NAE_ERA_R-30_Eesti_Riiklik_Spordiamet, lk 174
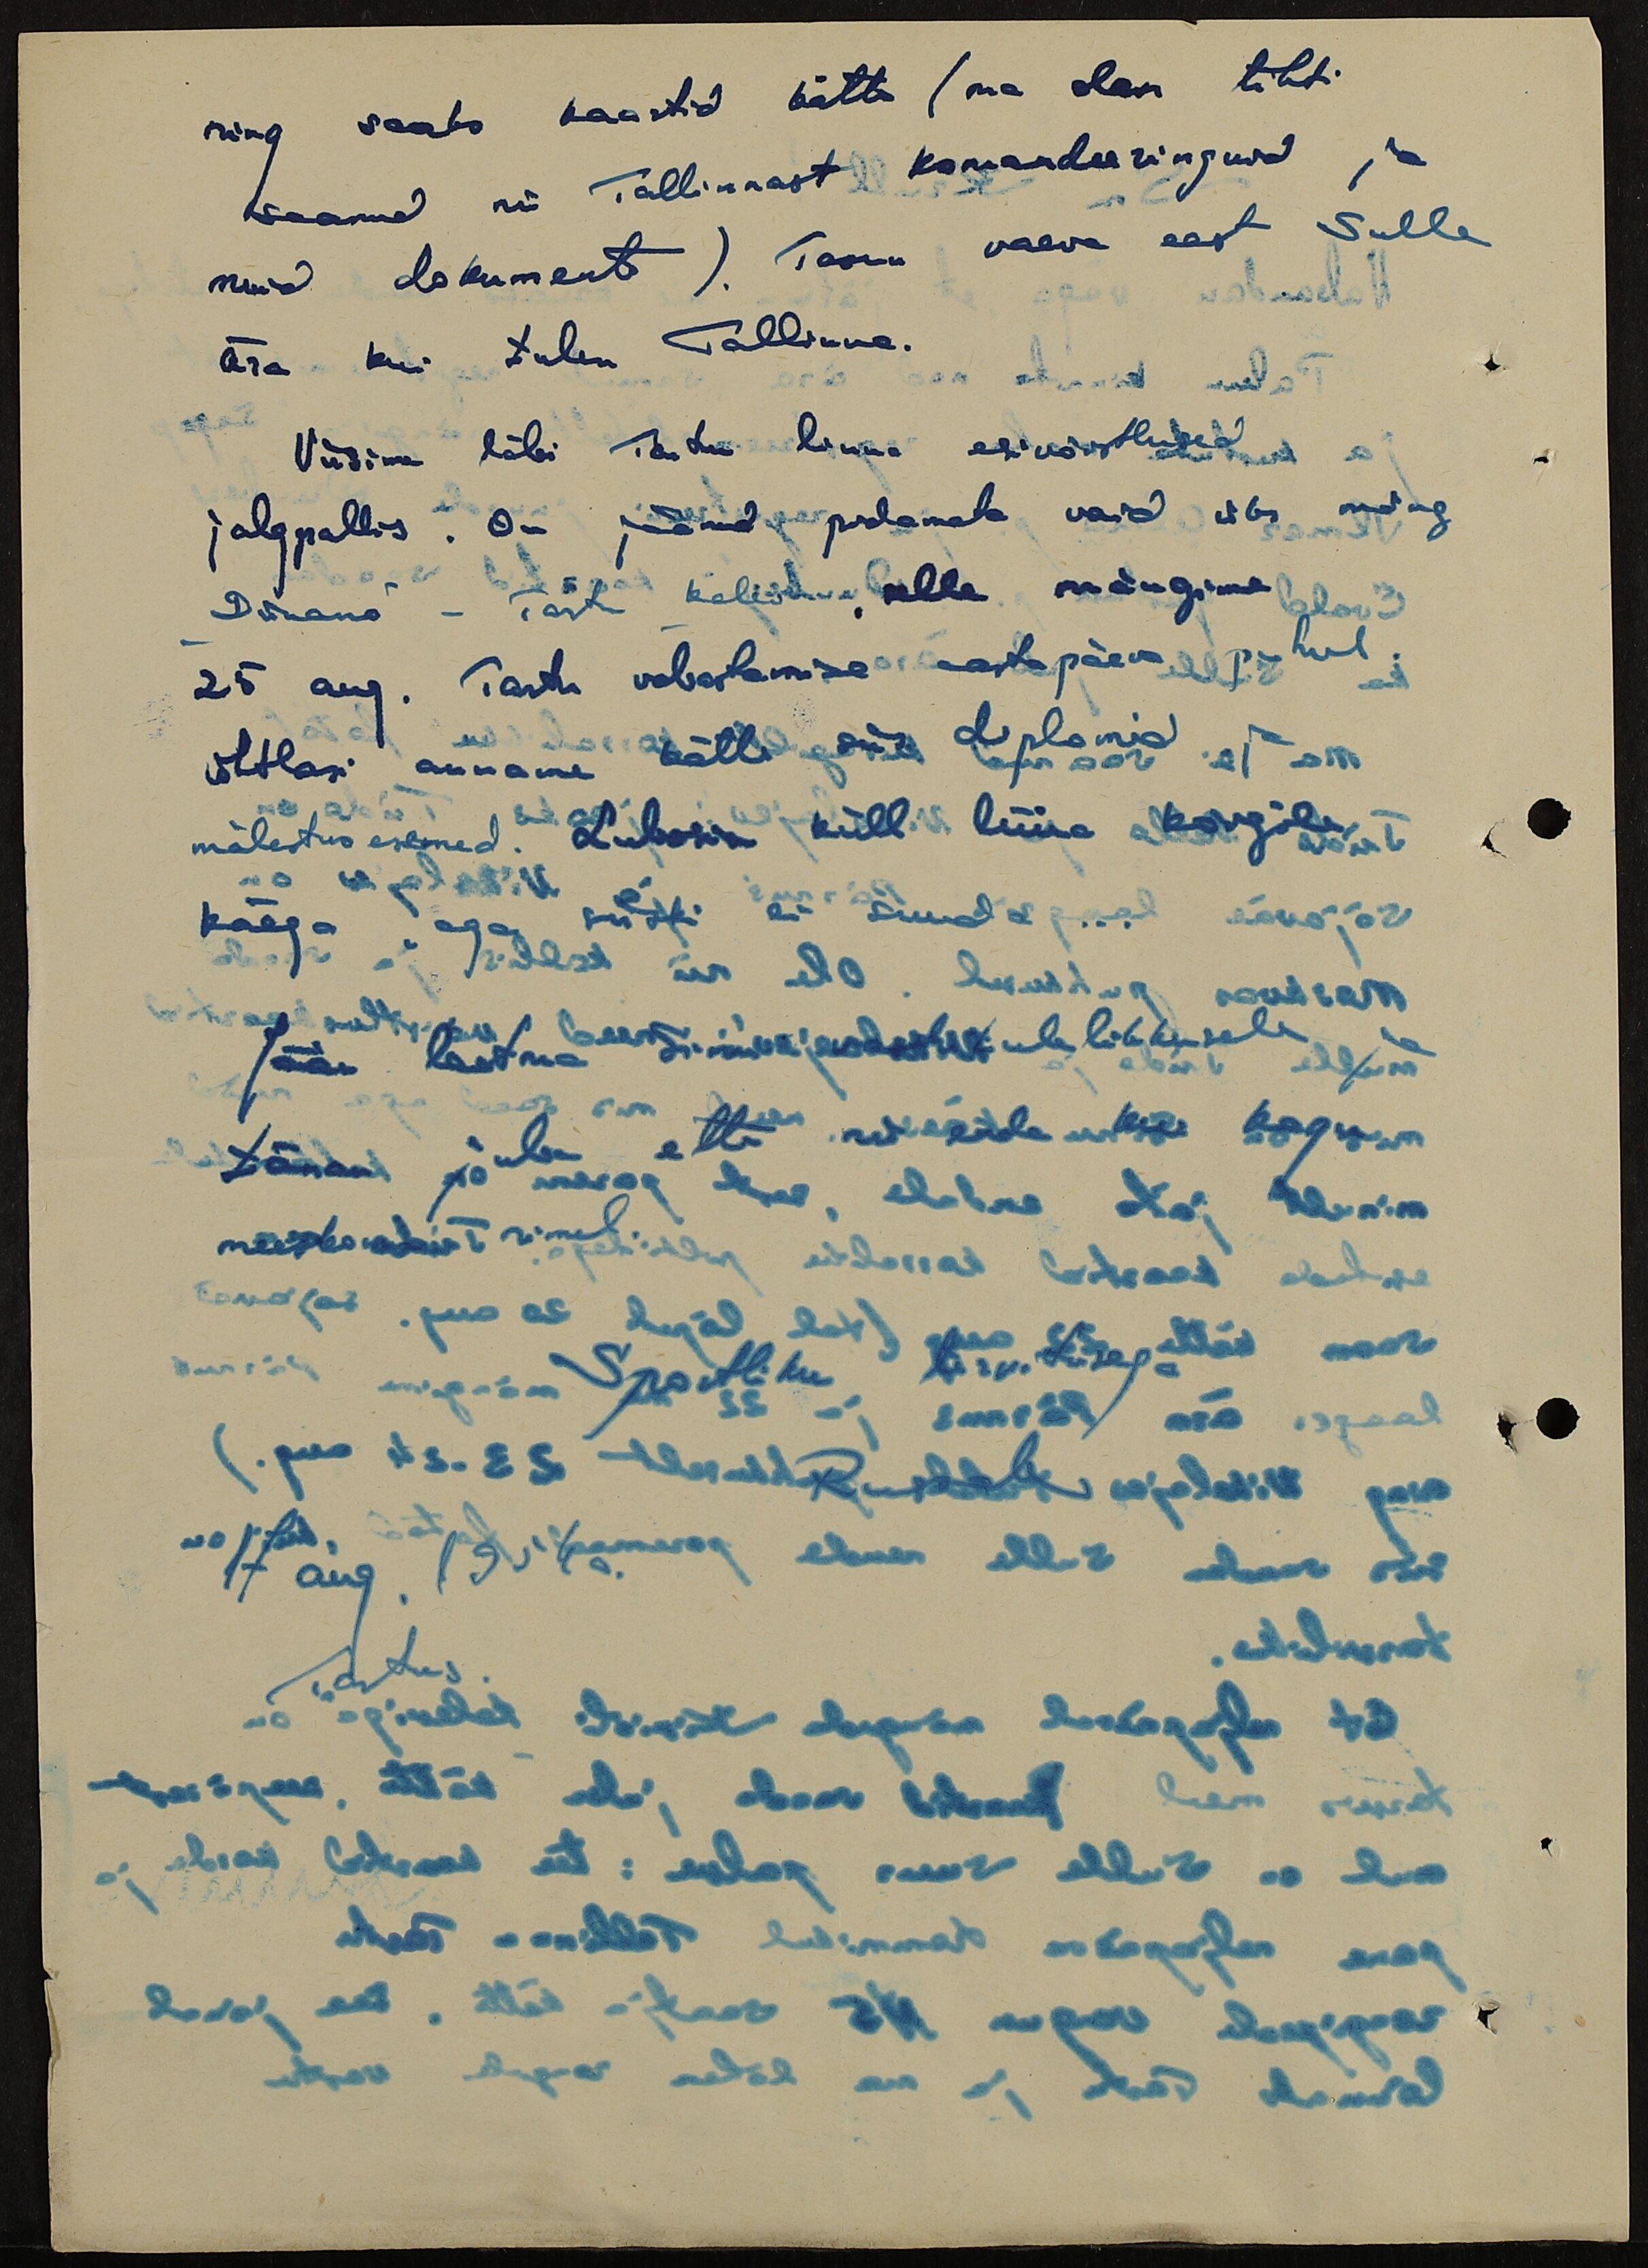
ning saaks kaartid kätte (ma olen tihti
saanud nii Tallinnast komandeeringuid ja
muid dokumente). Tasun vaeva eest Sulle
ära, kui tulen Tallinna.
Viisime läbi Tartu linna esivõistlused
jalgpallis. On jäänud pidamata vaid üks mäng
"Dünamo" - Tartu kalev, selle mängime
25 aug. Tartu vabastamise aastapäeva puhul.
Ühtlasi anname kätte siis diplomid ja
mälestusesemed. Lubasin küll lüüa kõigile
käega, aga siiski ei suuda ...
Jään lootma Sinu vastutulelikkusele ja
tänan juba ette nii enda kui kogu
meeskonna nimel.
Sportliku tervitusega
Russak
17 aug. 1954a.
Tartus.